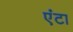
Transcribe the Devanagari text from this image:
एंटा